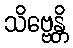
သိဗ္ဗေန္တိ